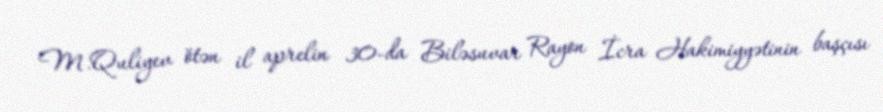
M.Quliyev ötən il aprelin 30-da Biləsuvar Rayon İcra Hakimiyyətinin başçısı